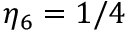
\eta _ { 6 } = 1 / 4